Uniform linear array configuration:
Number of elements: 32
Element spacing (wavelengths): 0.5
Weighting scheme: hann
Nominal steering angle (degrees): -45
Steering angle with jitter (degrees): -45.239
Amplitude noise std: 0.05
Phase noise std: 0.05

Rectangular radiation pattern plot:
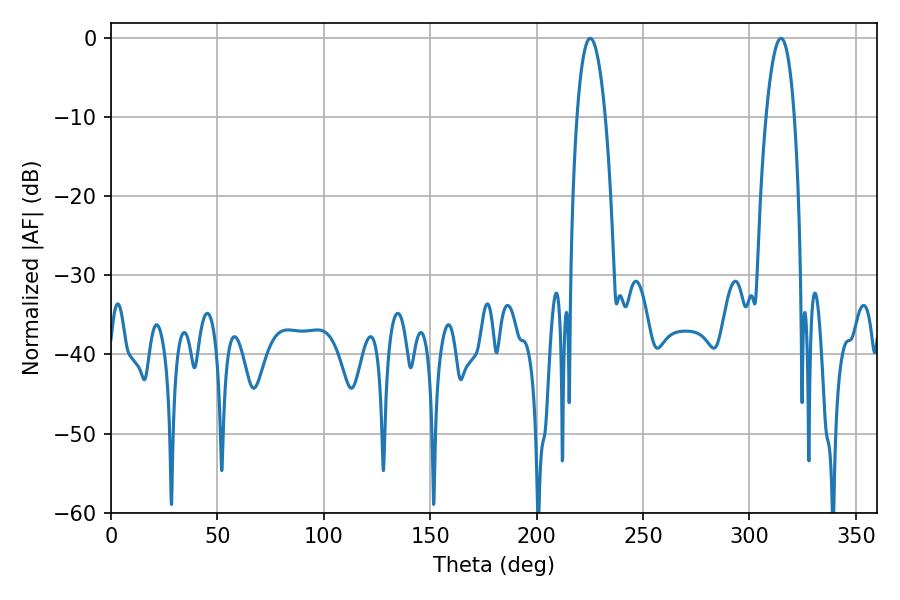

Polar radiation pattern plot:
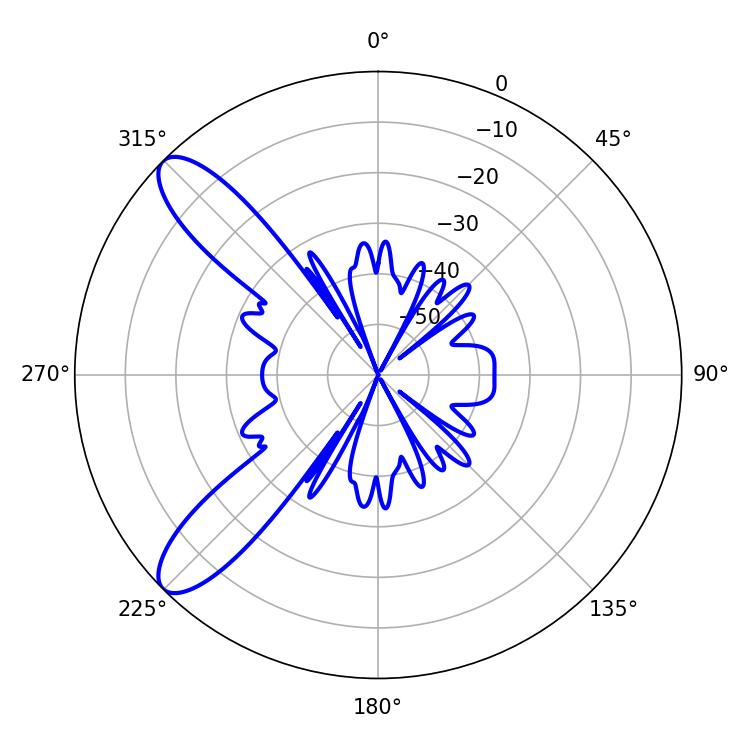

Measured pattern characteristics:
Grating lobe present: FALSE
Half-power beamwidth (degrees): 7.38
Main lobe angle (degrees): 225.18